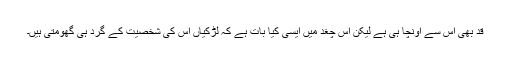
قد بھی اس سے اونچا ہی ہے لیکن اس چغد میں ایسی کیا بات ہے کہ لڑکیاں اس کی شخصیت کے گرد ہی گھومتی ہیں۔